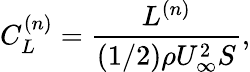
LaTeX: C_{L}^{(n)}=\frac{L^{(n)}}{(1/2)\rho U_{\infty}^{2}S},